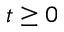
t \geq 0